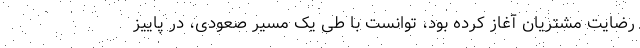
رضایت مشتریان آغاز کرده بود، توانست با طی یک مسیر صعودی، در پاییز